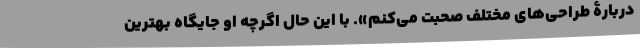
دربارۀ طراحی‌های مختلف صحبت می‌کنم». با این حال اگرچه او جایگاه بهترین